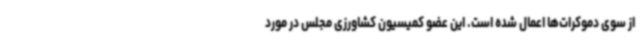
از سوی دموکرات‌ها اعمال شده است. این عضو کمیسیون کشاورزی مجلس در مورد